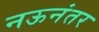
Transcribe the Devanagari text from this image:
नऊनंतर